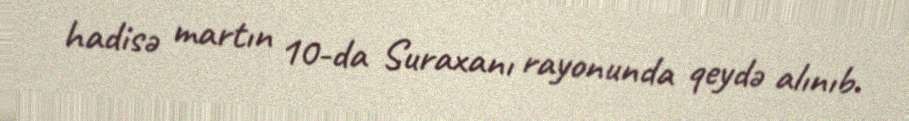
hadisə martın 10-da Suraxanı rayonunda qeydə alınıb.